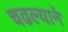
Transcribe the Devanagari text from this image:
चढल्याने